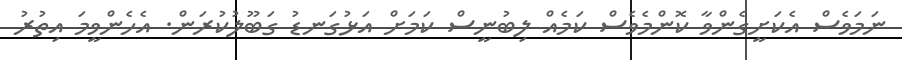
ނަމަވެސް އެކަށީގެންވާ ކޮންމެވެސް ކަމެއް ލިބުނީސް ކަމަށް އަޅުގަނޑު ގަބޫލުކުރަން. އެެހެންވީމަ އިތުުރު